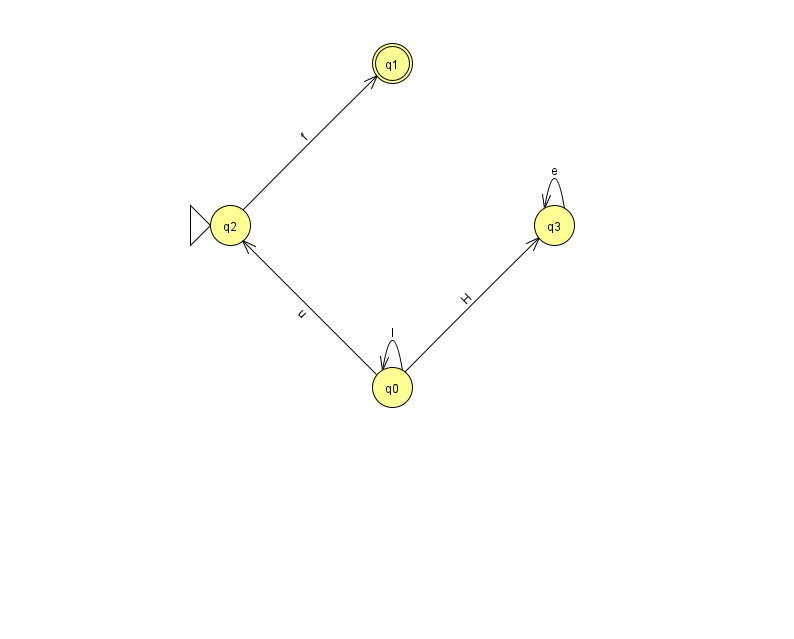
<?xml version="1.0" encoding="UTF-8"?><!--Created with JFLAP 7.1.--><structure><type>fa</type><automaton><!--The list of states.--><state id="0" name="q0"><x>392.0</x><y>374.0</y></state><state id="1" name="q1"><x>392.0</x><y>50.0</y><final/></state><state id="2" name="q2"><x>230.0</x><y>212.0</y><initial/></state><state id="3" name="q3"><x>554.0</x><y>212.0</y></state><!--The list of transitions.--><transition><from>0</from><to>3</to><read>H</read></transition><transition><from>3</from><to>3</to><read>e</read></transition><transition><from>2</from><to>1</to><read>f</read></transition><transition><from>0</from><to>0</to><read>I</read></transition><transition><from>0</from><to>2</to><read>u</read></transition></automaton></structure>